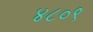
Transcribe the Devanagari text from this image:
४८०९